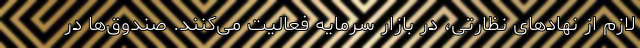
لازم از نهادهای نظارتی، در بازار سرمایه فعالیت می‌کنند. صندوق‌ها در